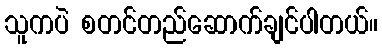
သူကပဲ စတင်တည်ဆောက်ချင်ပါတယ်။